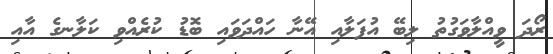
ރޯދަ ވީއްލާވަގުތު ލިބޭ އުފަލާއި އޭނާ ހައްދަވައި ބޮޑު ކުރެއްވި ކަލާނގެ އާއި